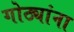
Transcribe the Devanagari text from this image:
गोठ्यांना